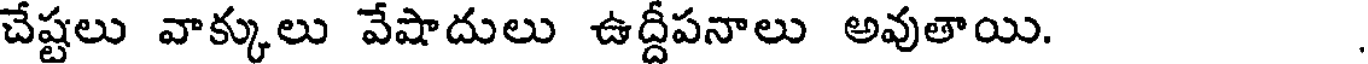
చేష్టలు వాక్కులు వేషాదులు ఉద్దీపనాలు అవుతాయి.